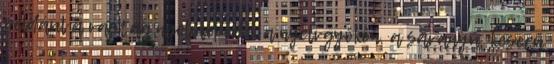
például a vastag nyelvlepedék a nyelvgyökön, a savanyú, keserű